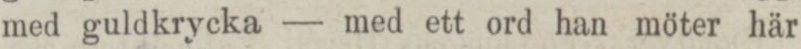
med guldkrycka — med ett ord han möter här